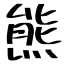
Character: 熊